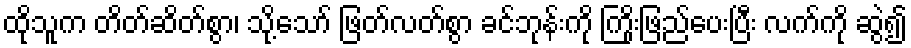
ထိုသူက တိတ်ဆိတ်စွာ၊ သို့သော် ဖြတ်လတ်စွာ ခင်ဘုန်းကို ကြိုးဖြည်ပေးပြီး လက်ကို ဆွဲ၍